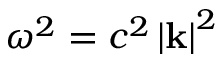
\omega ^ { 2 } = c ^ { 2 } \left\vert \mathbf { k } \right\vert ^ { 2 }